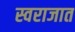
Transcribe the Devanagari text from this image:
स्वराजात